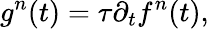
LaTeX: g^{n}(t)=\tau\partial_{t}f^{n}(t),